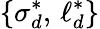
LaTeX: \{ \sigma_{d}^{*},\, \ell_{d}^{*}\}